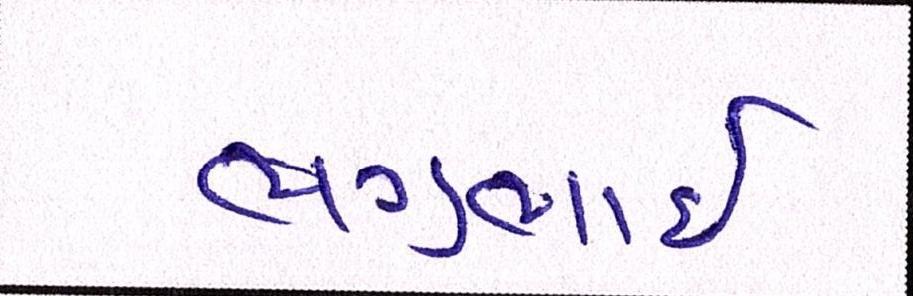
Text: ભગુભાઇ